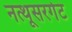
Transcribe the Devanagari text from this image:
नत्थूसरगेट